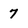
Character: 7